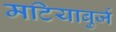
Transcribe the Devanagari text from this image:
मटियाबुर्ज